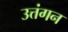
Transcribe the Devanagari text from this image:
उत्तंगन